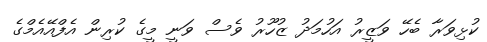
ކުޅިވަރާ ބެހޭ ވަޒީރު އަހުމަދު ޒުހޫރު ވެސް ވަނީ މީގެ ކުރިން އެފްއޭއެމްގެ